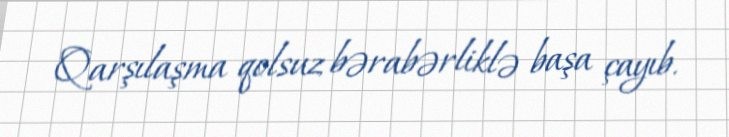
Qarşılaşma qolsuz bərabərliklə başa çayıb.